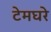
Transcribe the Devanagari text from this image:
टेमघरे